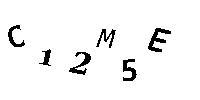
C12M5E